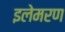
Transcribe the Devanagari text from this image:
इलेमरण